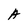
Character: A